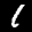
Label: 1